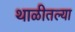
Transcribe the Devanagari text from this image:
थाळीतल्या